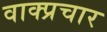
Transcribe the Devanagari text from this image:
वाक्‍प्रचार